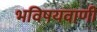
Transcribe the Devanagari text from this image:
भविषयवाणी